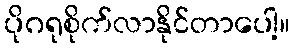
ပိုဂရုစိုက်လာနိုင်တာပေါ့။